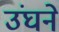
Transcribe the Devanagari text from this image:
उंघने